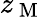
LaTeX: z_{\mathrm{~M~}}